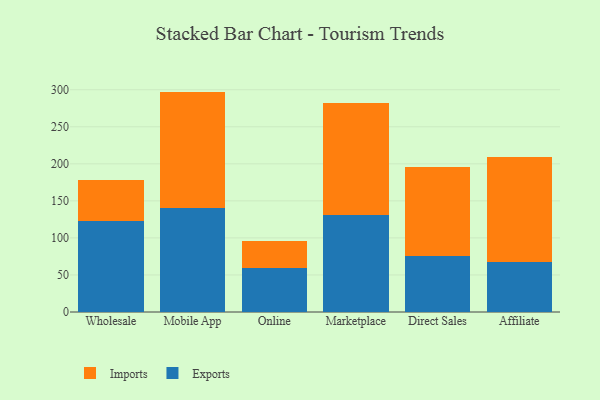
{"axis": {"x": "Channel", "y": "Production Output"}, "legend": ["Exports", "Imports"], "data": [{"x": "Wholesale", "y": 122.3, "type": "Exports"}, {"x": "Wholesale", "y": 56.3, "type": "Imports"}, {"x": "Mobile App", "y": 140.3, "type": "Exports"}, {"x": "Mobile App", "y": 157.2, "type": "Imports"}, {"x": "Online", "y": 59.1, "type": "Exports"}, {"x": "Online", "y": 36.7, "type": "Imports"}, {"x": "Marketplace", "y": 131.6, "type": "Exports"}, {"x": "Marketplace", "y": 150.2, "type": "Imports"}, {"x": "Direct Sales", "y": 76.1, "type": "Exports"}, {"x": "Direct Sales", "y": 119.4, "type": "Imports"}, {"x": "Affiliate", "y": 67.3, "type": "Exports"}, {"x": "Affiliate", "y": 141.4, "type": "Imports"}]}